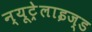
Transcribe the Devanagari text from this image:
न्यूट्रेलाइज्ड